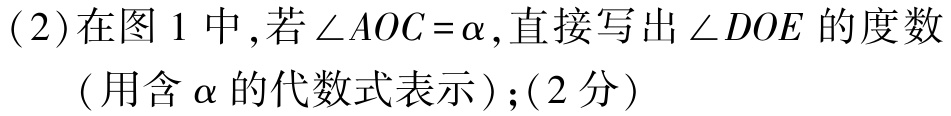
(2)在图 1 中,若\(\angle AOC = \alpha\),直接写出\(\angle DOE\)的度数（用含\(\alpha\)的代数式表示）;(2分)